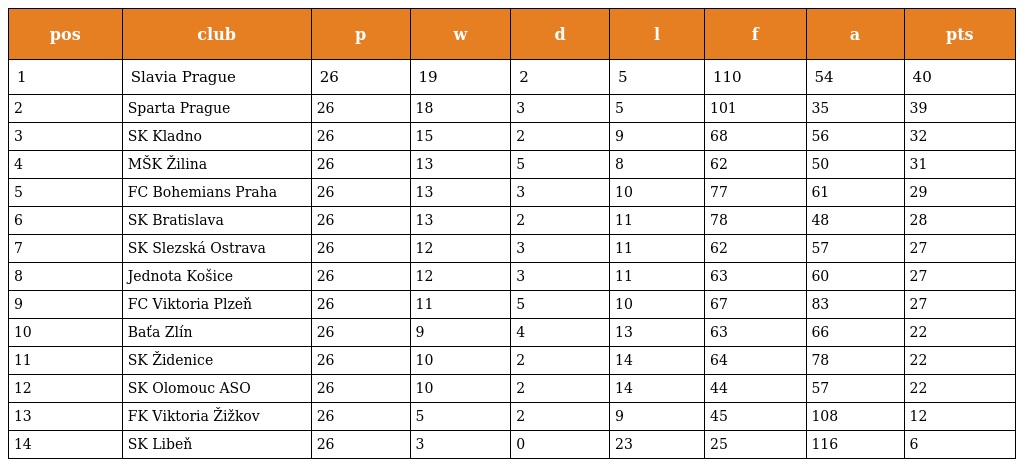
| pos | club | p | w | d | l | f | a | pts |
 | --- | --- | --- | --- | --- | --- | --- | --- | --- |
 | 1 | Slavia Prague | 26 | 19 | 2 | 5 | 110 | 54 | 40 |
 | 2 | Sparta Prague | 26 | 18 | 3 | 5 | 101 | 35 | 39 |
 | 3 | SK Kladno | 26 | 15 | 2 | 9 | 68 | 56 | 32 |
 | 4 | MŠK Žilina | 26 | 13 | 5 | 8 | 62 | 50 | 31 |
 | 5 | FC Bohemians Praha | 26 | 13 | 3 | 10 | 77 | 61 | 29 |
 | 6 | SK Bratislava | 26 | 13 | 2 | 11 | 78 | 48 | 28 |
 | 7 | SK Slezská Ostrava | 26 | 12 | 3 | 11 | 62 | 57 | 27 |
 | 8 | Jednota Košice | 26 | 12 | 3 | 11 | 63 | 60 | 27 |
 | 9 | FC Viktoria Plzeň | 26 | 11 | 5 | 10 | 67 | 83 | 27 |
 | 10 | Baťa Zlín | 26 | 9 | 4 | 13 | 63 | 66 | 22 |
 | 11 | SK Židenice | 26 | 10 | 2 | 14 | 64 | 78 | 22 |
 | 12 | SK Olomouc ASO | 26 | 10 | 2 | 14 | 44 | 57 | 22 |
 | 13 | FK Viktoria Žižkov | 26 | 5 | 2 | 9 | 45 | 108 | 12 |
 | 14 | SK Libeň | 26 | 3 | 0 | 23 | 25 | 116 | 6 |